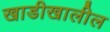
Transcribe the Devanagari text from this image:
खाडीखालील